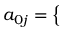
a _ { 0 j } = \left\{ \begin{array} { l l } { \begin{array} { r l r } \end{array} } \end{array} \right.